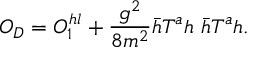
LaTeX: O _ { D } = O _ { 1 } ^ { h l } + \frac { g ^ { 2 } } { 8 m ^ { 2 } } \bar { h } T ^ { a } h \ \bar { h } T ^ { a } h .